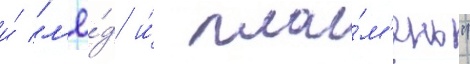
и́ "л'ё́д и́ пла́м'ень"